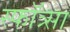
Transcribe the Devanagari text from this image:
स्फॉत्र्सा